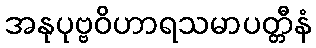
အနုပုဗ္ဗဝိဟာရသမာပတ္တီနံ